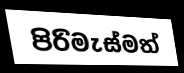
පිරිමැස්මත්